Dysentery and liver abscess in Bombay - Number 47
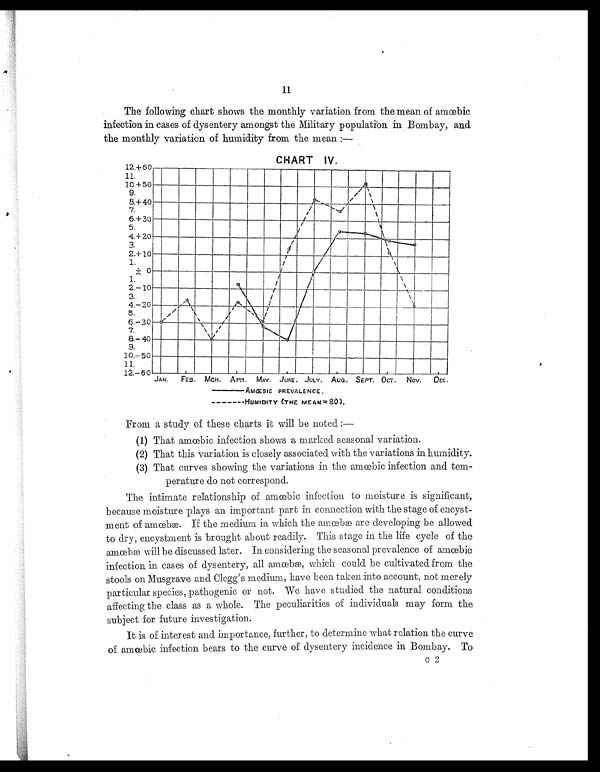
11
The following chart shows the monthly variation from the mean of amœbic
infection in cases of dysentery amongst the Military population in Bombay, and
the monthly variation of humidity from the mean :
—
CHART IV.
4
AMŒBIC PREVALENCE.
HUMIDITY (THE MEAN=80).
From a study of these charts it will be noted :
—
(1). That amœbic infection shows a marked seasonal variation.
(2). That this variation is closely associated with the variations in humidity.
(3). That curves showing the variations in the amœbic infection and tem
-perature do not correspond.
The i nt i mat e r el at i onshi p of amœbi c i nf ect i on t o moi st ur e i s si gni f i cant ,
because moisture plays an important part in connection with the stage of encyst
- m e n t o f a m œ b æ . I f t h e m e d i u m i n w h i c h t h e a m œ b æ a r e d e v e l o p i n g b e a l l o w e d
to dry, encystment is brought about readily. This stage in the life cycle of the
a m œ b æ w i l l b e d i s c u s s e d l a t e r . I n c o n s i d e r i n g t h e s e a s o n a l p r e v a l e n c e o f a m œ b i c
i nf ect i on i n cases of dysent er y, al l amœbæ, whi ch coul d be cul t i vat ed f r om t he
stools on Musgrave and Clegg's medium, have been taken into account, not merely
particular species, pathogenic or not. We have studied the natural conditions
affecting the class as a whole. The peculiarities of individuals may form the
subject for future investigation.
It is of interest and importance, further, to determine what relation the curve
of amœbic infection bears to the curve of dysentery incidence in Bombay. To
c 2